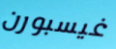
غيسبورن